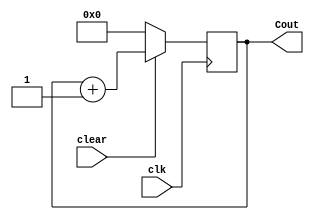
module Four_bit_Up_counter(
    input clear,
    input clk,
    output reg [3:0] Cout
    );
     initial
      Cout=0;
     always @ (posedge clk) 
     begin  
    if (clear==0)  
      Cout <= 0;  
    else  
      Cout <= Cout + 1;  
  end    
endmodule